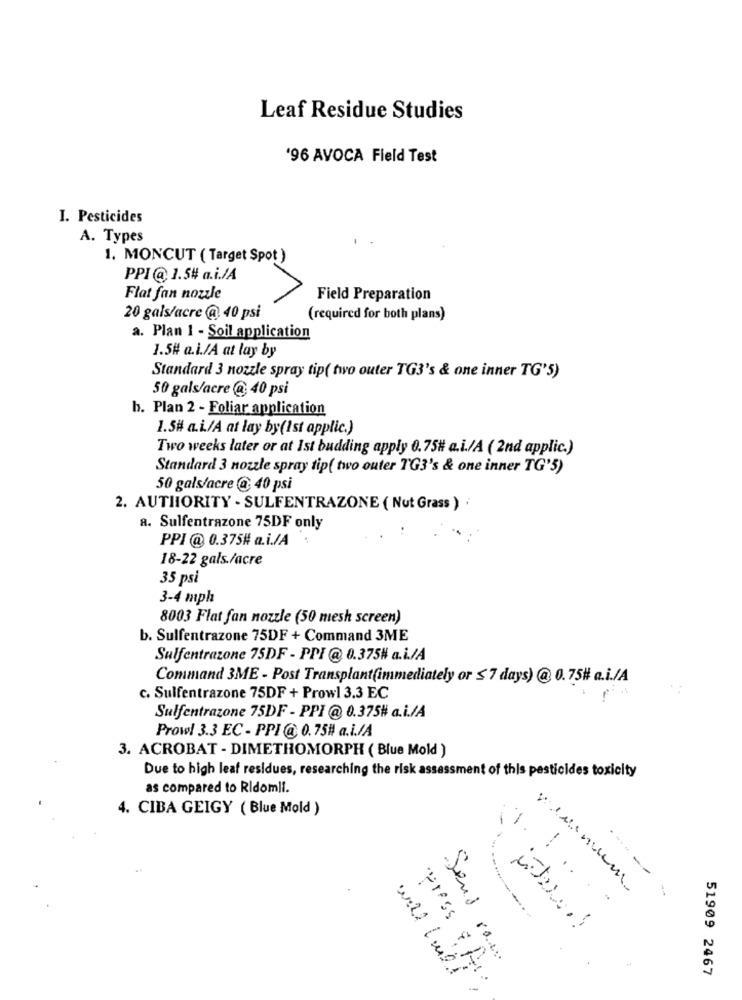
Leaf Residue Studies
'96 AVOCA Field Test
I. Pesticides
A. Types
1. MONCUT ( Target Spot )
PPI@ 1.5# a.i./A
Flat fan nozzle
Field Preparation
20 gals/acre @ 40 psi
(required for both plans)
a. Plan 1 - Soil application
1.5# a.i./A at lay by
Standard 3 nozzle spray tip( two outer TG3's & one inner TG'5)
50 gals/acre @ 40 psi
h. Plan 2 - Foliar application
1.5# a.i./A at lay by(1st applic.)
Two weeks later or at Ist budding apply 0.75# a.i./A ( 2nd applic.)
Standard 3 nozzle spray tip( two outer TG3's & one inner TG'5)
50 gals/acre @ 40 psi
2. AUTHORITY - SULFENTRAZONE ( Nut Grass )
a. Sulfentrazone 75DF only
PPI @ 0.375# a.i./A
18-22 gals./acre
35 psi
3-4 mph
8003 Flat fan nozzle (50 mesh screen)
b. Sulfentrazone 75DF + Command 3ME
Sulfentrazone 75DF - PPI @ 0.375# a.i./A
Command 3ME - Post Transplant(immediately or ≤ 7 days) @ 0.75# a.i./A
c. Sulfentrazone 75DF + Prowl 3.3 EC
Sulfentrazone 75DF - PPI @ 0.375# a.i./A
Prowl 3.3 EC - PPI @ 0.75# a.i./A
3. ACROBAT - DIMETHOMORPH ( Blue Mold )
Due to high leaf residues, researching the risk assessment of this pesticides toxicity
as compared to Ridomii.
4. CIBA GEIGY ( Blue Mold )
.----
Send ram
51909 2467
press & fr.